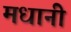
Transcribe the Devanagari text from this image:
मधानी